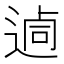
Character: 𨔖